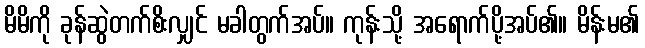
မိမိကို ခုန်ဆွဲတက်စိးလျှင် မခါတွက်အပ်။ ကုန်းသို့ အရောက်ပို့အပ်၏။ မိန်းမ၏